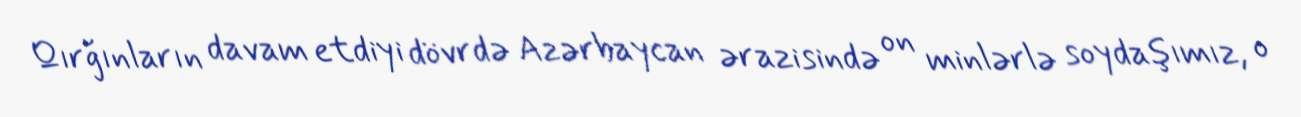
Qırğınların davam etdiyi dövrdə Azərbaycan ərazisində on minlərlə soydaşımız, o